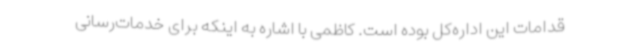
قدامات این اداره‌کل بوده است. کاظمی با اشاره به اینکه برای خدمات‌رسانی